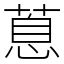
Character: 蒠